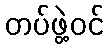
တပ်ဖွဲ့ဝင်